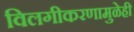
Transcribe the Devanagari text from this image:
विलगीकरणामुळेही